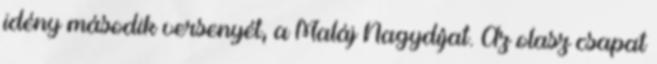
idény második versenyét, a Maláj Nagydíjat. Az olasz csapat